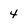
Character: 4